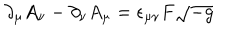
\partial _ { \mu } A _ { \nu } - \partial _ { \nu } A _ { \mu } = \epsilon _ { \mu \nu } F \sqrt { - g }